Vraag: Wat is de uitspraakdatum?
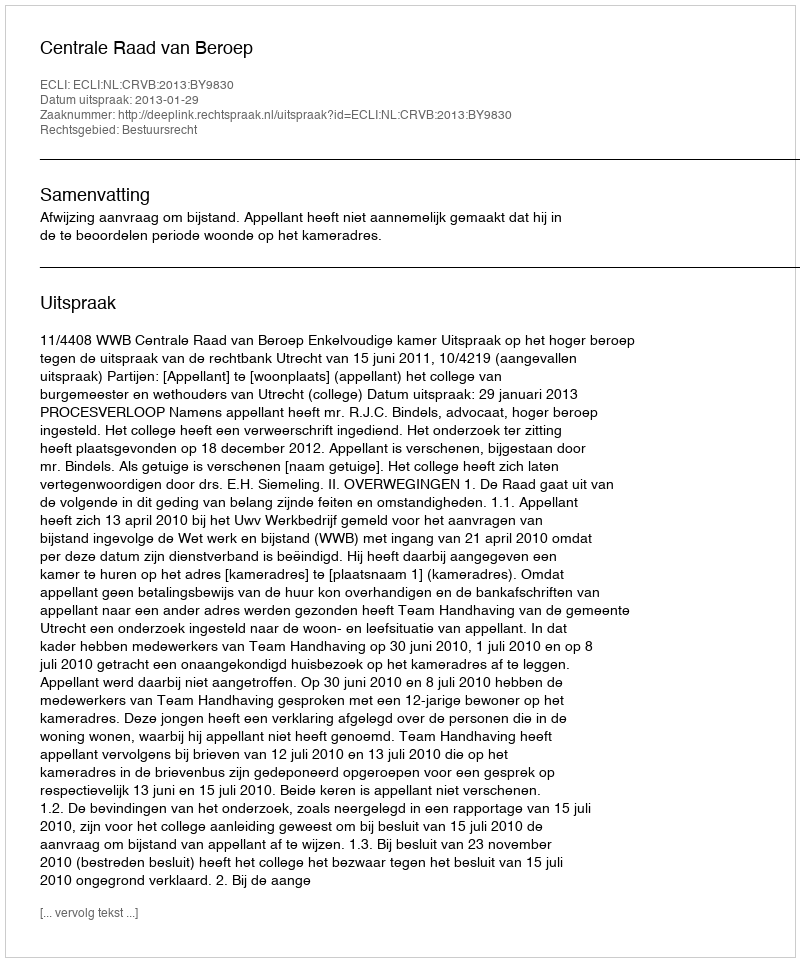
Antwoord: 2013-01-29